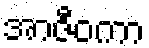
အာဇီဝကာ